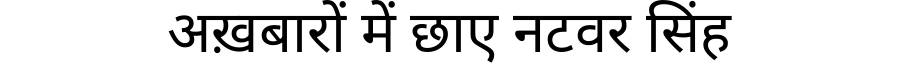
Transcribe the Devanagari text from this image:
अख़बारों में छाए नटवर सिंह